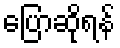
ပြောဆိုရန်